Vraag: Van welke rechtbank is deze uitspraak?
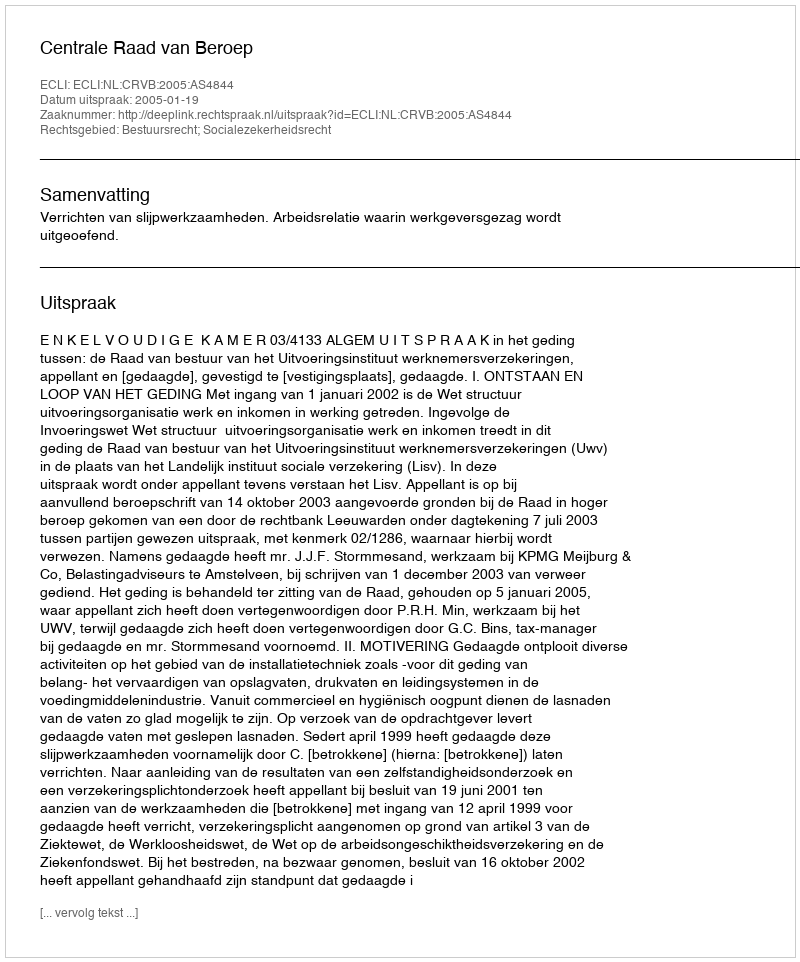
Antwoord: Centrale Raad van Beroep